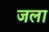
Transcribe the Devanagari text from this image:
जला